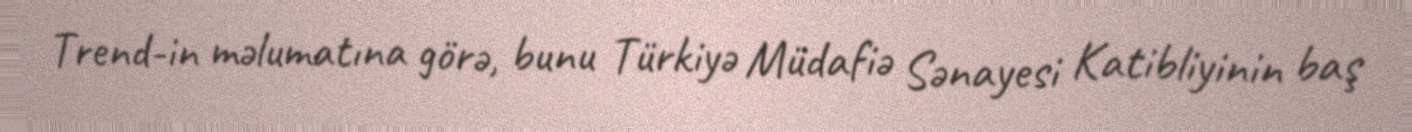
Trend-in məlumatına görə, bunu Türkiyə Müdafiə Sənayesi Katibliyinin baş